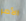
الأمر